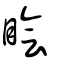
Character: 瞺